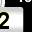
Digit: 2